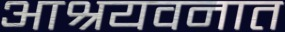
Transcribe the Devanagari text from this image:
आश्रयवनात